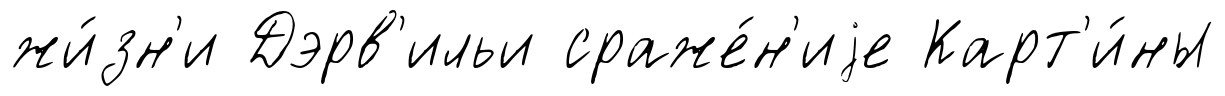
жи́зн'и Дэрв'ильи сраже́н'иjе Карт'и́ны